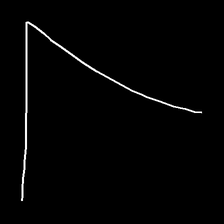
Glyph: region